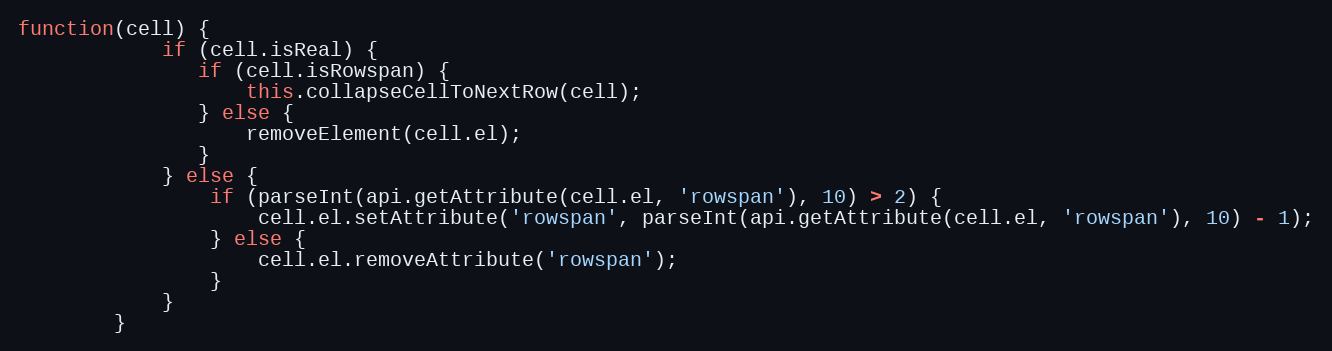
Language: JavaScript
function(cell) {
            if (cell.isReal) {
               if (cell.isRowspan) {
                   this.collapseCellToNextRow(cell);
               } else {
                   removeElement(cell.el);
               }
            } else {
                if (parseInt(api.getAttribute(cell.el, 'rowspan'), 10) > 2) {
                    cell.el.setAttribute('rowspan', parseInt(api.getAttribute(cell.el, 'rowspan'), 10) - 1);
                } else {
                    cell.el.removeAttribute('rowspan');
                }
            }
        }